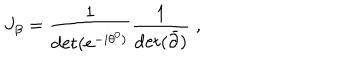
LaTeX: J _ { \beta } = \frac { 1 } { \det ( e ^ { - i \theta ^ { 0 } ) } } \frac { 1 } { \det ( { \bar { \partial } } ) } \; ,